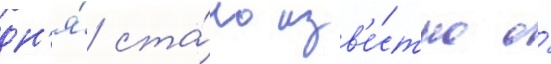
дн'я́ ста́ло изв'е́стно о́